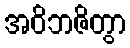
အဝိဘဇိတွာ